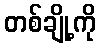
တစ်ချို့ကို